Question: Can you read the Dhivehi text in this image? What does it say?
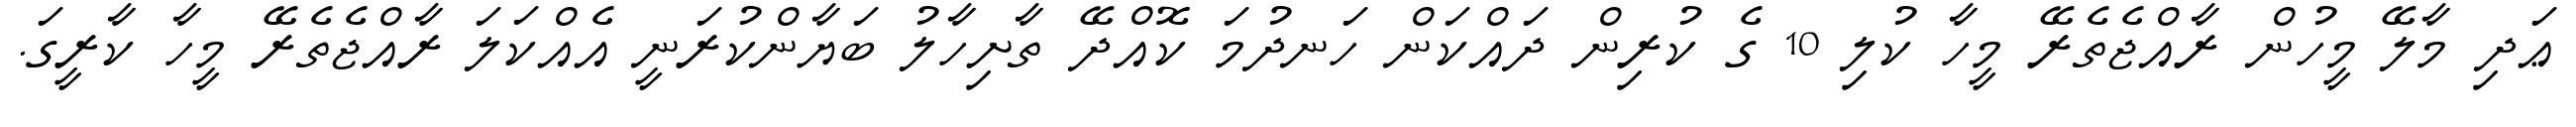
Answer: ޢަދި މާލޭ މީހުން ރާއްޖެތެރޭ މީހާ ކުލި 10 ގެ ކުރިން ދައްކަން ހަނދުމަ ކޮއްދޭ ތާށިހާލު ބަޔާންކުރަނީ އެއްކަލަ ރާއްޖެތެރޭ މީހާ ކާރީގަ.